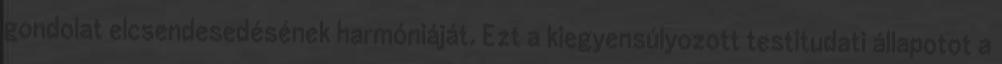
gondolat elcsendesedésének harmóniáját. Ezt a kiegyensúlyozott testitudati állapotot a